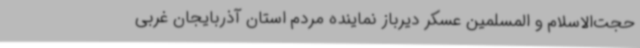
حجت‌الاسلام و المسلمین عسکر دیرباز نماینده مردم استان آذربایجان غربی